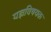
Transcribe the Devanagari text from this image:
यज्ञविषयक